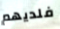
فلديهم